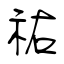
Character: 祐